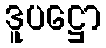
ဒူပဋ္ဌော